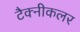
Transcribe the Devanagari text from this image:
टैक्नीकलर